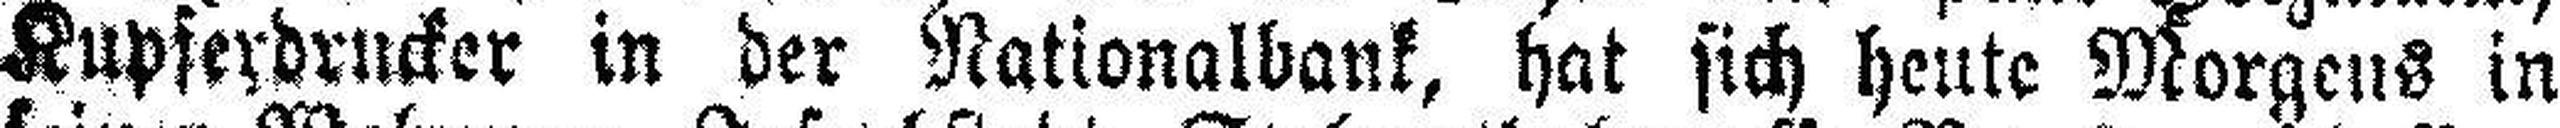
Kupferdrucker in der Nationalbank, hat sich heute Morgens in